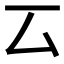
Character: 𠫔